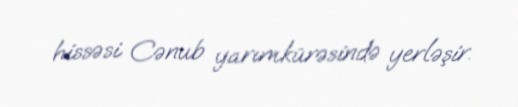
hissəsi Cənub yarımkürəsində yerləşir.